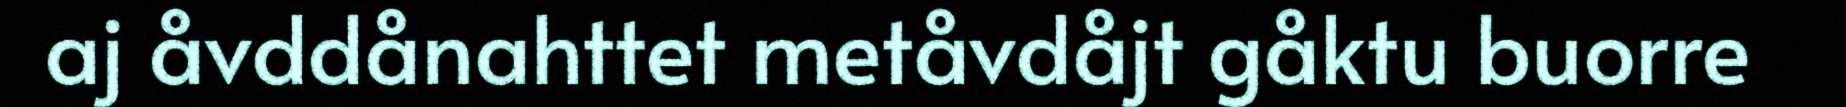
aj åvddånahttet metåvdåjt gåktu buorre